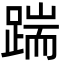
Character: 踹